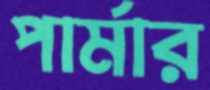
পার্মার